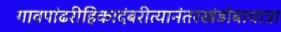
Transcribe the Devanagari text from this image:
गावपांढरीहिकादंबरीत्यानंतरखंडोबायात्रा